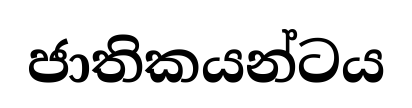
ජාතිකයන්ටය